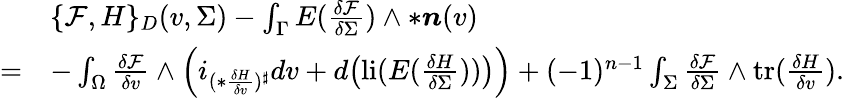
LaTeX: \begin{array}{rl}&{\{ \mathcal{F},H\} _{D}(v,\Sigma)-\int_{\Gamma}E(\frac{\delta\mathcal{F}}{\delta\Sigma})\wedge\ast\boldsymbol{n}(v)}\\ {=}&{-\int_{\Omega}\frac{\delta\mathcal{F}}{\delta v}\wedge\Big(i_{(\ast\frac{\delta H}{\delta v})^{\sharp}}dv+d\big(\mathrm{li}(E(\frac{\delta H}{\delta\Sigma}))\big)\Big)+(-1)^{n-1}\int_{\Sigma}\frac{\delta\mathcal{F}}{\delta\Sigma}\wedge\mathrm{tr}(\frac{\delta H}{\delta v}).}\end{array}